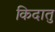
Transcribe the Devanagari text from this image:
किदातु